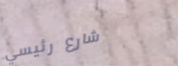
شارع رئيسي